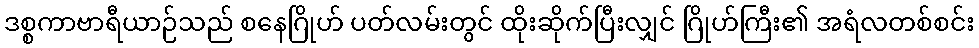
ဒစ္စကာဗာရီယာဉ်သည် စနေဂြိုဟ် ပတ်လမ်းတွင် ထိုးဆိုက်ပြီးလျှင် ဂြိုဟ်ကြီး၏ အရံလတစ်စင်း